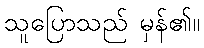
သူပြောသည် မှန်၏။